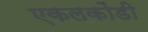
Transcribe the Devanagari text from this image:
एकलकोंडी